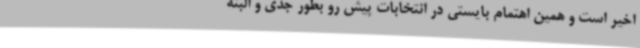
اخیر است و همین اهتمام بایستی در انتخابات پیش رو بطور جدی و البته